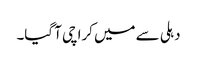
دہلی سے میں کراچی آ گیا۔